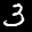
Label: 3